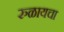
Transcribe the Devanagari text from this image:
रुळायचा